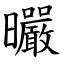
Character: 曮